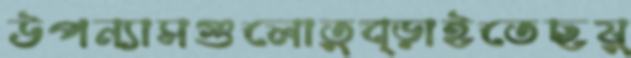
উপন্যাসগুলোতুব্‌ড়াইতেছযু